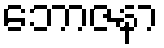
ဘောဇနာ